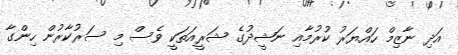
އަދި ނާޒިމް ހައްޔަރު ކުރުމާއި ނަޝީދުގެ ޝަރީއަތަކީ ވެސް މި ސަރުކާރުން ހިންގާ